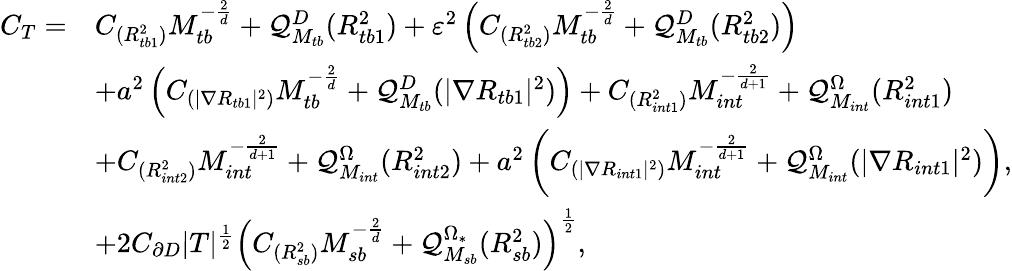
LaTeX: \begin{array}{rl}{C_{T}=}&{C_{({R_{tb1}^{2}})}M_{tb}^{-\frac{2}{d}}+\mathcal{Q}_{M_{tb}}^{D}(R_{tb1}^{2})+\varepsilon^{2}\left(C_{({R_{tb2}^{2}})}M_{tb}^{-\frac{2}{d}}+\mathcal{Q}_{M_{tb}}^{D}(R_{tb2}^{2})\right)}\\ &{+a^{2}\left(C_{(|\nabla R_{tb1}|^{2})}M_{tb}^{-\frac{2}{d}}+\mathcal{Q}_{M_{tb}}^{D}(|\nabla R_{tb1}|^{2})\right)+C_{({R_{int1}^{2}})}M_{int}^{-\frac{2}{d+1}}+\mathcal{Q}_{M_{int}}^{\Omega}(R_{int1}^{2})}\\ &{+C_{({R_{int2}^{2}})}M_{int}^{-\frac{2}{d+1}}+\mathcal{Q}_{M_{int}}^{\Omega}(R_{int2}^{2})+a^{2}\left(C_{(|\nabla R_{int1}|^{2})}M_{int}^{-\frac{2}{d+1}}+\mathcal{Q}_{M_{int}}^{\Omega}(|\nabla R_{int1}|^{2})\right),}\\ &{+2C_{\partial D}|T|^{\frac{1}{2}}\left(C_{({R_{sb}^{2}})}M_{sb}^{-\frac{2}{d}}+\mathcal{Q}_{M_{sb}}^{\Omega_{*}}(R_{sb}^{2})\right)^{\frac{1}{2}},}\end{array}